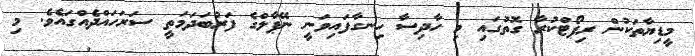
މީޑިޔާތަކުން ރިޕޯޓްކުރާ ގޮތުގައި މި ހާދިސާ ހިނގާފައިވަނީ ނޭޕާލްގެ ފަރުބަދަމަތީ ސަރަހައްދެއްގައެވެ. މި